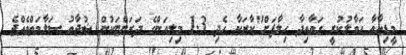
މީޑިއާއާ ހަވާލުކުރީ ގަވާއިދާ ހިލާފަށް"ކާރަކާ ހެދި 1.3 މިލިއަންގެ ދަރަންޏަކުން ޝުޖާއު ސަލާމަތްވެއްޖެ